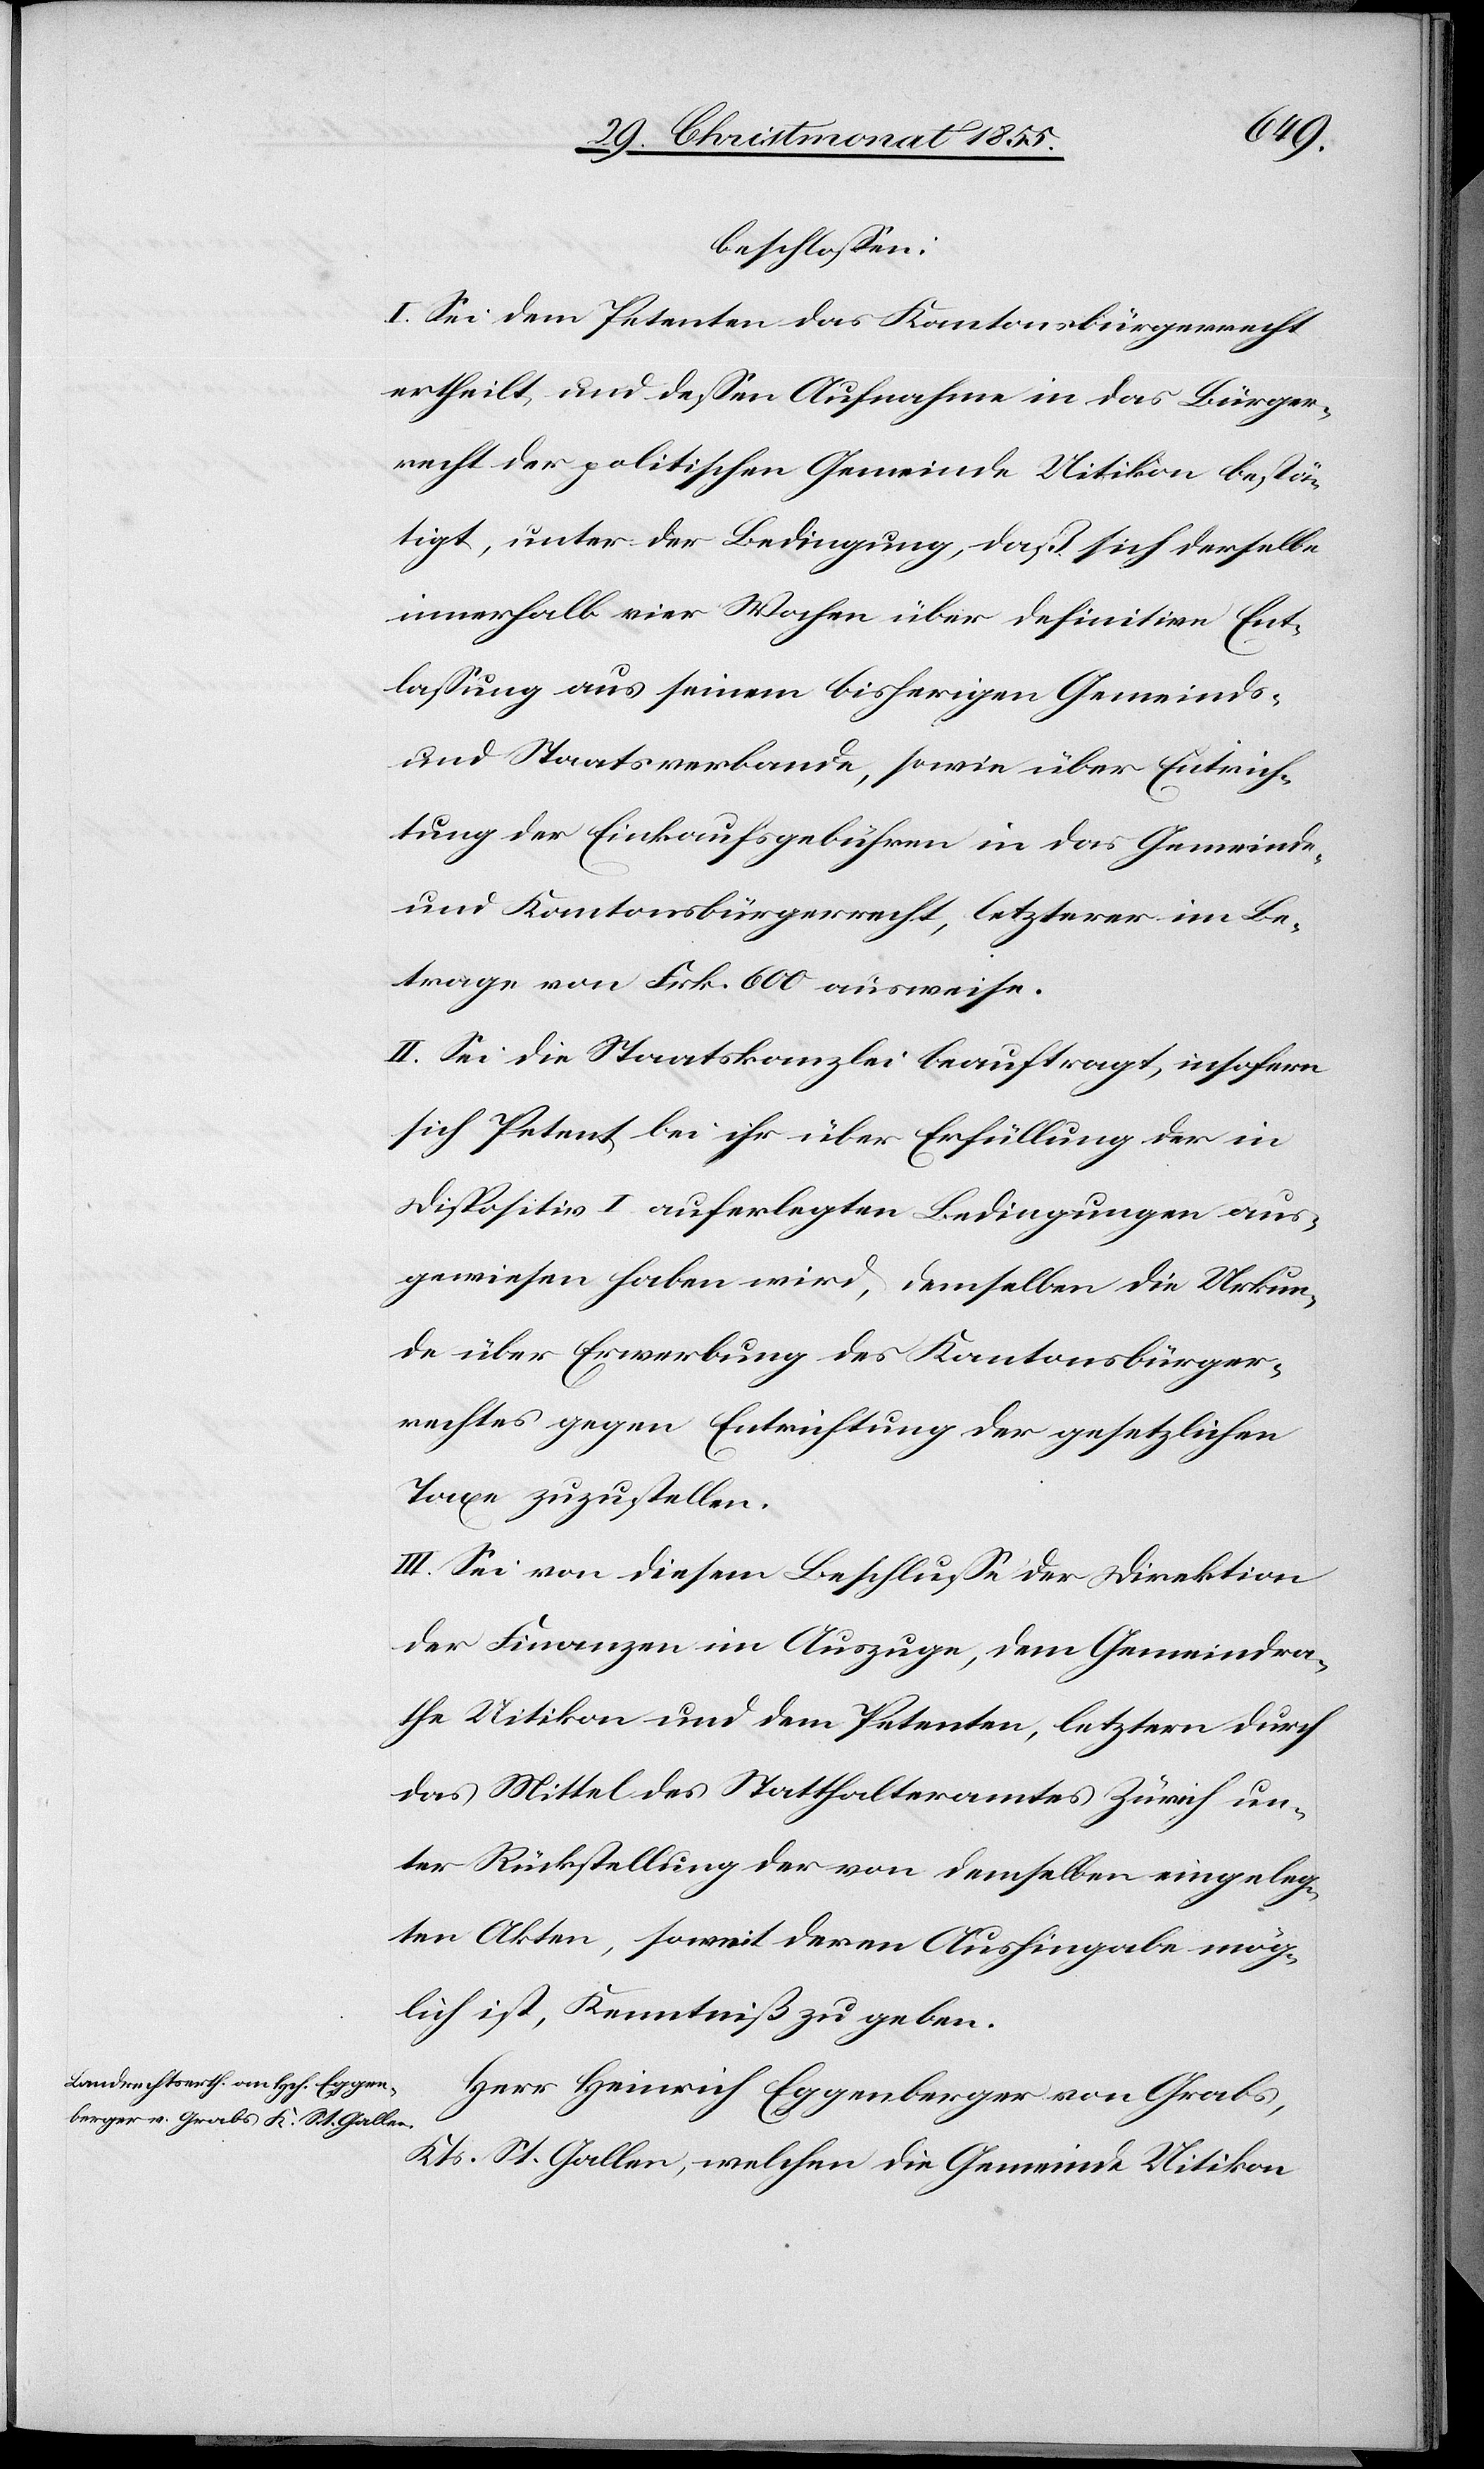
beschlossen:
I. Sei dem Petenten das Kantonsbürgerrecht
ertheilt, und dessen Aufnahme in das Bürger¬
recht der politischen Gemeinde Uitikon bestä¬
tigt, unter der Bedingung, daß sich derselbe
innerhalb vier Wochen über definitive Ent¬
lassung aus seinem bisherigen Gemeinds-
und Staatsverbande, sowie über Entrich¬
tung der Einkaufsgebühren in das Gemeinde-
und Kantonsbürgerrecht, letzterer im Be¬
trage von Frk. 600 ausweise.
II. Sei die Staatskanzlei beauftragt, insofern
sich Petent bei ihr über Erfüllung der in
Dispositiv I auferlegten Bedingungen aus¬
gewiesen haben wird, demselben die Urkun¬
de über Erwerbung des Kantonsbürger¬
rechtes gegen Entrichtung der gesetzlichen
Taxe zuzustellen.
III. Sei von diesem Beschlusse der Direktion
der Finanzen im Auszuge, dem Gemeindra¬
the Uitikon und dem Petenten, letztern durch
das Mittel des Statthalteramtes Zürich un¬
ter Rückstellung der von demselben eingeleg¬
ten Akten, soweit deren Aushingabe mög¬
lich ist, Kenntniß zu geben.
Herr Heinrich Eggenberger von Grabs,
Kts. St. Gallen, welchen die Gemeinde Uitikon